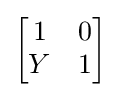
{\begin{bmatrix}1&0\\Y&1\end{bmatrix}}